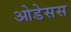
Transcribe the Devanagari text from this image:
ओडेसस